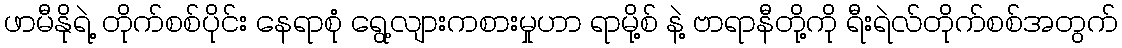
ဖာမီနိုရဲ့ တိုက်စစ်ပိုင်း နေရာစုံ ရွေ့လျားကစားမှုဟာ ရာမို့စ် နဲ့ ဗာရာနီတို့ကို ရီးရဲလ်တိုက်စစ်အတွက်